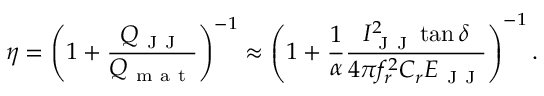
\eta = \left( 1 + \frac { Q _ { \mathrm { ~ J ~ J ~ } } } { Q _ { \mathrm { ~ m ~ a ~ t ~ } } } \right) ^ { - 1 } \approx \left( 1 + \frac { 1 } { \alpha } \frac { I _ { \mathrm { ~ J ~ J ~ } } ^ { 2 } \tan { \delta } } { 4 \pi f _ { r } ^ { 2 } C _ { r } E _ { \mathrm { ~ J ~ J ~ } } } \right) ^ { - 1 } .